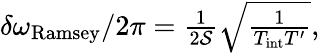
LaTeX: \begin{array}{r}{\delta\omega_{\mathrm{Ramsey}}/2\pi=\frac{1}{2\mathcal{S}}\sqrt{\frac{1}{T_{\mathrm{int}}T^{\prime}}},}\end{array}